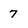
Character: 7